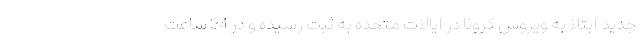
جدید ابتلا به ویروس کرونا در ایالات متحده به ثبت رسیده و در 24 ساعت